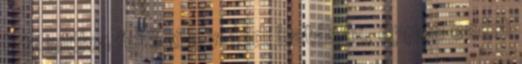
hét múlva fejti ki a valódi hatását, éppen ezért